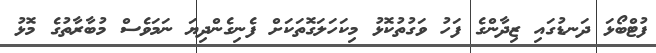
ފުޓްބޯޅަ ދަނޑުގައި ޒިދާންގެ ފަހު ވަގުތުކޮޅު މިކަހަލަގޮތަކަށް ފެނިގެންދިޔަ ނަމަވެސް މުބާރާތުގެ މޮޅު